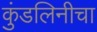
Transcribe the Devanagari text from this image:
कुंडलिनीचा